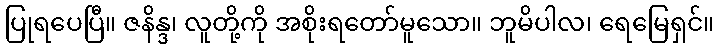
ပြုရပေပြီ။ ဇနိန္ဒ၊ လူတို့ကို အစိုးရတော်မူသော။ ဘူမိပါလ၊ ရေမြေရှင်။